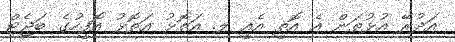
އަދުރޭ އުޅުތަން އެ އޮތީ އެއީ ލ. އަތޮޅު އަތޮޅު އޮފީހުގެ ބަޖެޓް